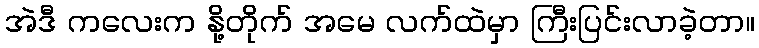
အဲဒီ ကလေးက နို့တိုက် အမေ လက်ထဲမှာ ကြီးပြင်းလာခဲ့တာ။